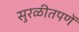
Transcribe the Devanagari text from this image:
सुरळीतपणें